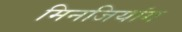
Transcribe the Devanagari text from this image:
मिनजियांग